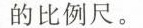
的比例尺。